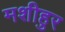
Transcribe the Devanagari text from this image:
मशीहुर